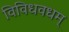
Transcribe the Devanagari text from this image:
विविधवधम्